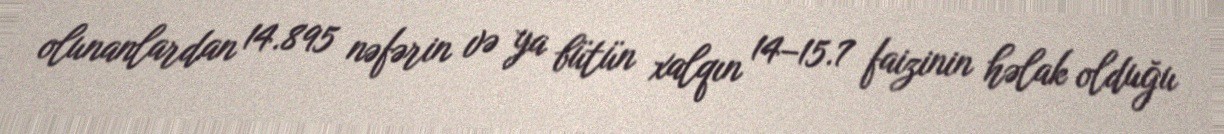
olunanlardan 14.895 nəfərin və ya bütün xalqın 14–15.7 faizinin həlak olduğu